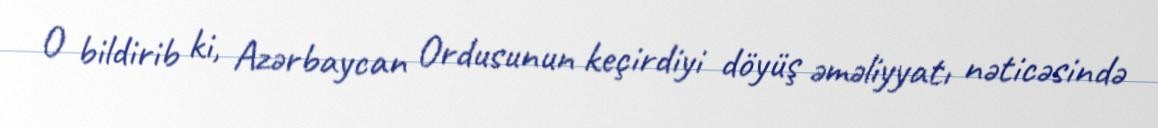
O bildirib ki, Azərbaycan Ordusunun keçirdiyi döyüş əməliyyatı nəticəsində